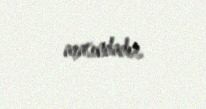
arasındadır.